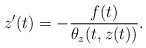
\begin{align*} z'(t) = - \frac{f(t)}{ \theta_z (t, z(t) ) }.\end{align*}